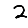
Digit: 2